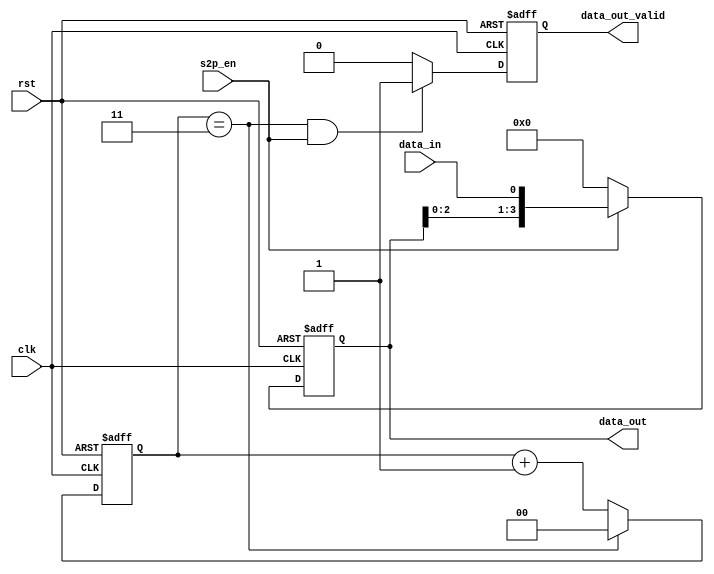
/*
* serial input, parallel output
*/
module s2p (rst, clk, s2p_en, data_in, data_out, data_out_valid);
    input rst, clk;
    input s2p_en;
    input data_in;
    output data_out_valid;
    output [3:0] data_out;

    reg [3:0] data_out;
    reg data_out_valid;
    reg [1:0] counter;

    always@(posedge clk or negedge rst) begin
        if(!rst)
            counter<=2'b00;
        else if(counter==2'b11)
            counter<=2'b00;
        else
            counter<=counter+2'b1;
    end

    always@(posedge clk or negedge rst) begin
        if(!rst)
            data_out<=4'b0000;
        else if(s2p_en) 
            data_out<={data_out[2:0], data_in};
        else
            data_out<=4'b0000;
    end

    always@(posedge clk or negedge rst) begin
        if(!rst)
            data_out_valid<=1'b0;
        else if((counter==2'b11)&&(s2p_en))
            data_out_valid<=1'b1;
        else
            data_out_valid<=1'b0;
    end

endmodule